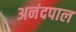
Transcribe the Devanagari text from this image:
अनंदपाल